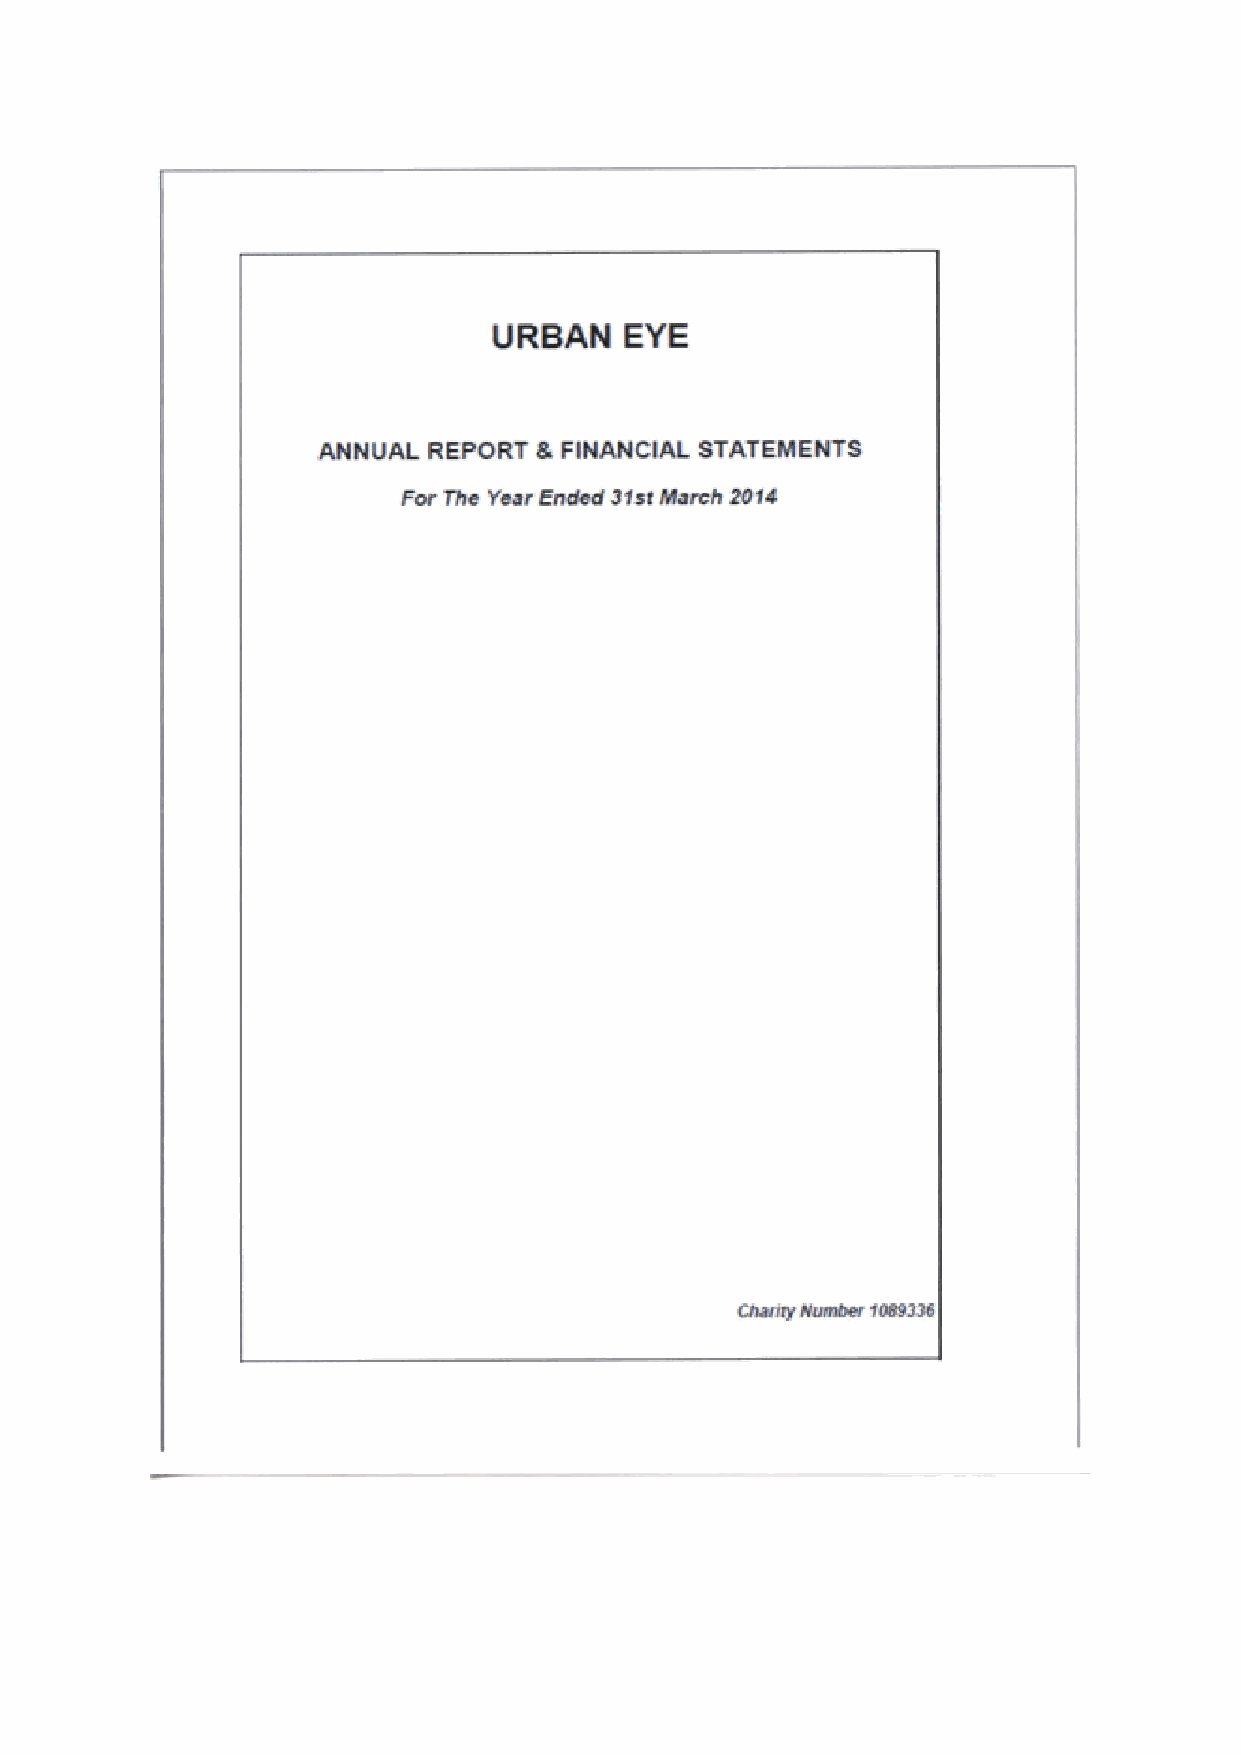
URBAN   EYE
 ANNVAL REPORT 8 FIHAHCIAL 8TATEMENTS
 Far The Year Ended Mat %arab 2014